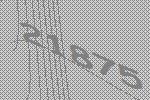
21875